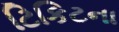
ટિકિટના